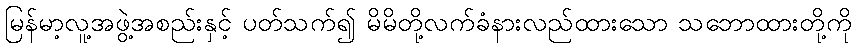
မြန်မာ့လူ့အဖွဲ့အစည်းနှင့် ပတ်သက်၍ မိမိတို့လက်ခံနားလည်ထားသော သဘောထားတို့ကို